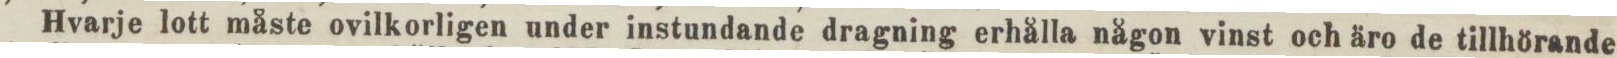
Hvarje lott måste ovilkorligen under instundande dragning erhålla någon vinst och äro de tillhörande